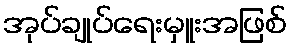
အုပ်ချုပ်ရေးမှူးအဖြစ်